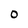
Character: 0